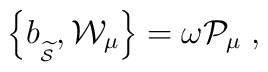
\left\{ b_{_{\widetilde{\mathcal{S}}}},\mathcal{W}_\mu \right\} =\omega \mathcal{P}_\mu \;,